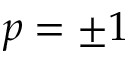
p = \pm 1